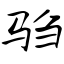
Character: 驺